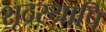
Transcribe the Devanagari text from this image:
शूद्रस्यापि